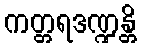
ကတ္တရဒဏ္ဍန္တိ